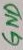
Text: GND